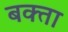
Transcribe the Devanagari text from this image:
बक्‍ता